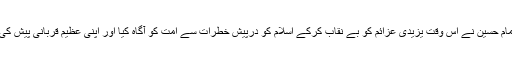
امام حسین نے اس وقت یزیدی عزائم کو بے نقاب کرکے اسلام کو درپیش خطرات سے امت کو آگاہ کیا اور اپنی عظیم قربانی پیش کی۔